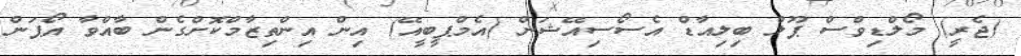
(ޖެރީ) މޯލްޑިވްސް ޕޫލް ބިލިއާޑް އެސޯސިއޭޝަން (އެމްޕީބީއޭ) އިން އިންތިޒާމްކޮށްގެން ބާއްވާ އޯޕަން